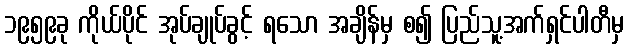
၁၉၅၉ခု ကိုယ်ပိုင် အုပ်ချုပ်ခွင့် ရသော အချိန်မှ စ၍ ပြည်သူ့အက်ရှင်ပါတီမှ